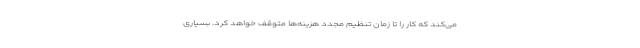
می‌کند که کار را تا زمان تنظیم مجدد هزینه‌ها متوقف خواهد کرد. بسیاری